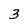
Character: 3